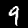
Digit: 9